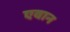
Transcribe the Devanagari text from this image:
एवान